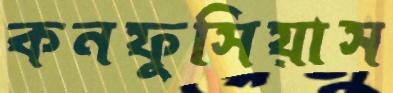
কনফুসিয়াস